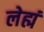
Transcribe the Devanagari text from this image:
लेह्मं